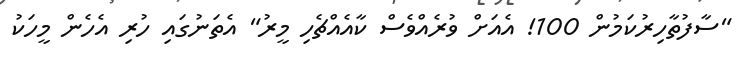
"ސާފުތާހިރުކަމުން 100! އެއަށް ވުރެއްވެސް ކާއެއްޗެހި މީރު" އެތަނުގައި ހުރި އެހެން މީހަކު